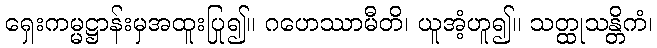
ရှေးကမ္မဋ္ဌာန်းမှအထူးပြု၍။ ဂဟေဿာမီတိ၊ ယူအံ့ဟူ၍။ သတ္ထုသန္တိကံ၊